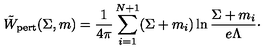
\tilde { W } _ { \mathrm { p e r t } } ( \Sigma , m ) = { \frac { 1 } { 4 \pi } } \sum _ { i = 1 } ^ { N + 1 } ( \Sigma + m _ { i } ) \ln { \frac { \Sigma + m _ { i } } { e \Lambda } } \cdotp